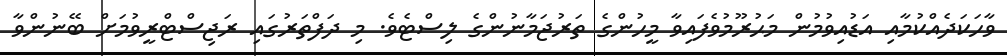
ވާހަކަދެއްކުމާއި އަޑުއިވުމުން މަޙުރޫމުވެފައިވާ މީހުންގެ ތަރުޖަމާނުންގެ ލިސްޓެވެ. މި ދަފްތަރުގައި ރަޖިސްޓްރީވުމަށް ބޭނުންވާ